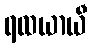
ရထယာယီ